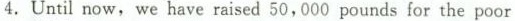
4. Until now, we have raised 50,000 pounds for the poor